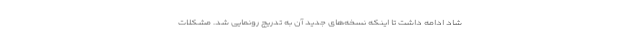
شاد ادامه داشت تا اینکه نسخه‌های جدید آن به تدریج رونمایی شد. مشکلات